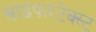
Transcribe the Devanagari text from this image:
साइफरटेक्स्ट